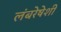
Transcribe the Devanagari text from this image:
लंबरेषेशी